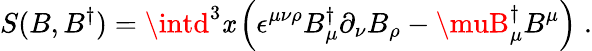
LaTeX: S(B,B^{\dagger})=\intd^{3}\mathit{x}\left(\epsilon^{\mu\nu\rho}B_{\mu}^{\dagger}\partial_{\nu}B_{\rho}-\muB_{\mu}^{\dagger}B^{\mu}\right)\; .